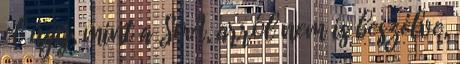
el úgy, mint a SoA, arról nem is beszélve,